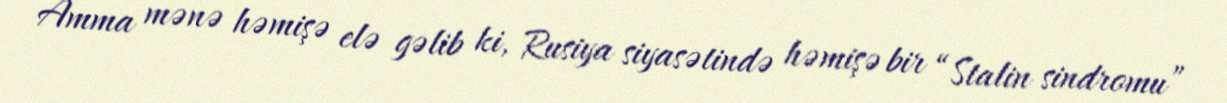
Amma mənə həmişə elə gəlib ki, Rusiya siyasətində həmişə bir “Stalin sindromu”